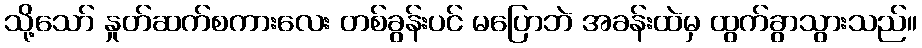
သို့သော် နှုတ်ဆက်စကားလေး တစ်ခွန်းပင် မပြောဘဲ အခန်းထဲမှ ထွက်ခွာသွားသည်။